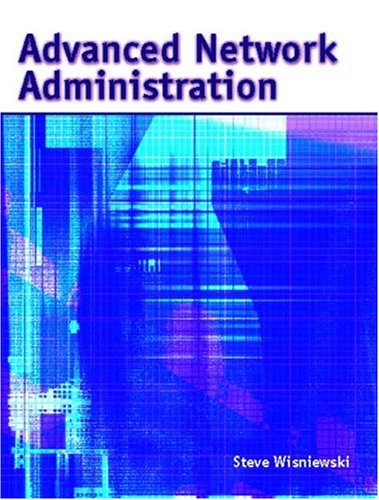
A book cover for Advanced Network Administration; Steve J. Wisniewski; Computers & Technology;